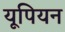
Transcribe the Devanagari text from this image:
यूपियन